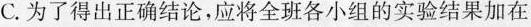
C.为了得出正确结论，应将全班各小组的实验结果加在